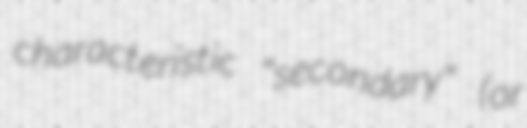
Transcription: characteristic "secondary" (or